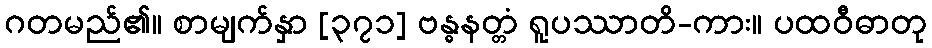
ဂတမည်၏။ စာမျက်နှာ [၃၇၁] ဗန္ဓနတ္တံ ရူပဿာတိ-ကား။ ပထဝီဓာတု